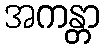
အကန္တာ